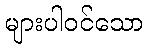
များပါဝင်သော